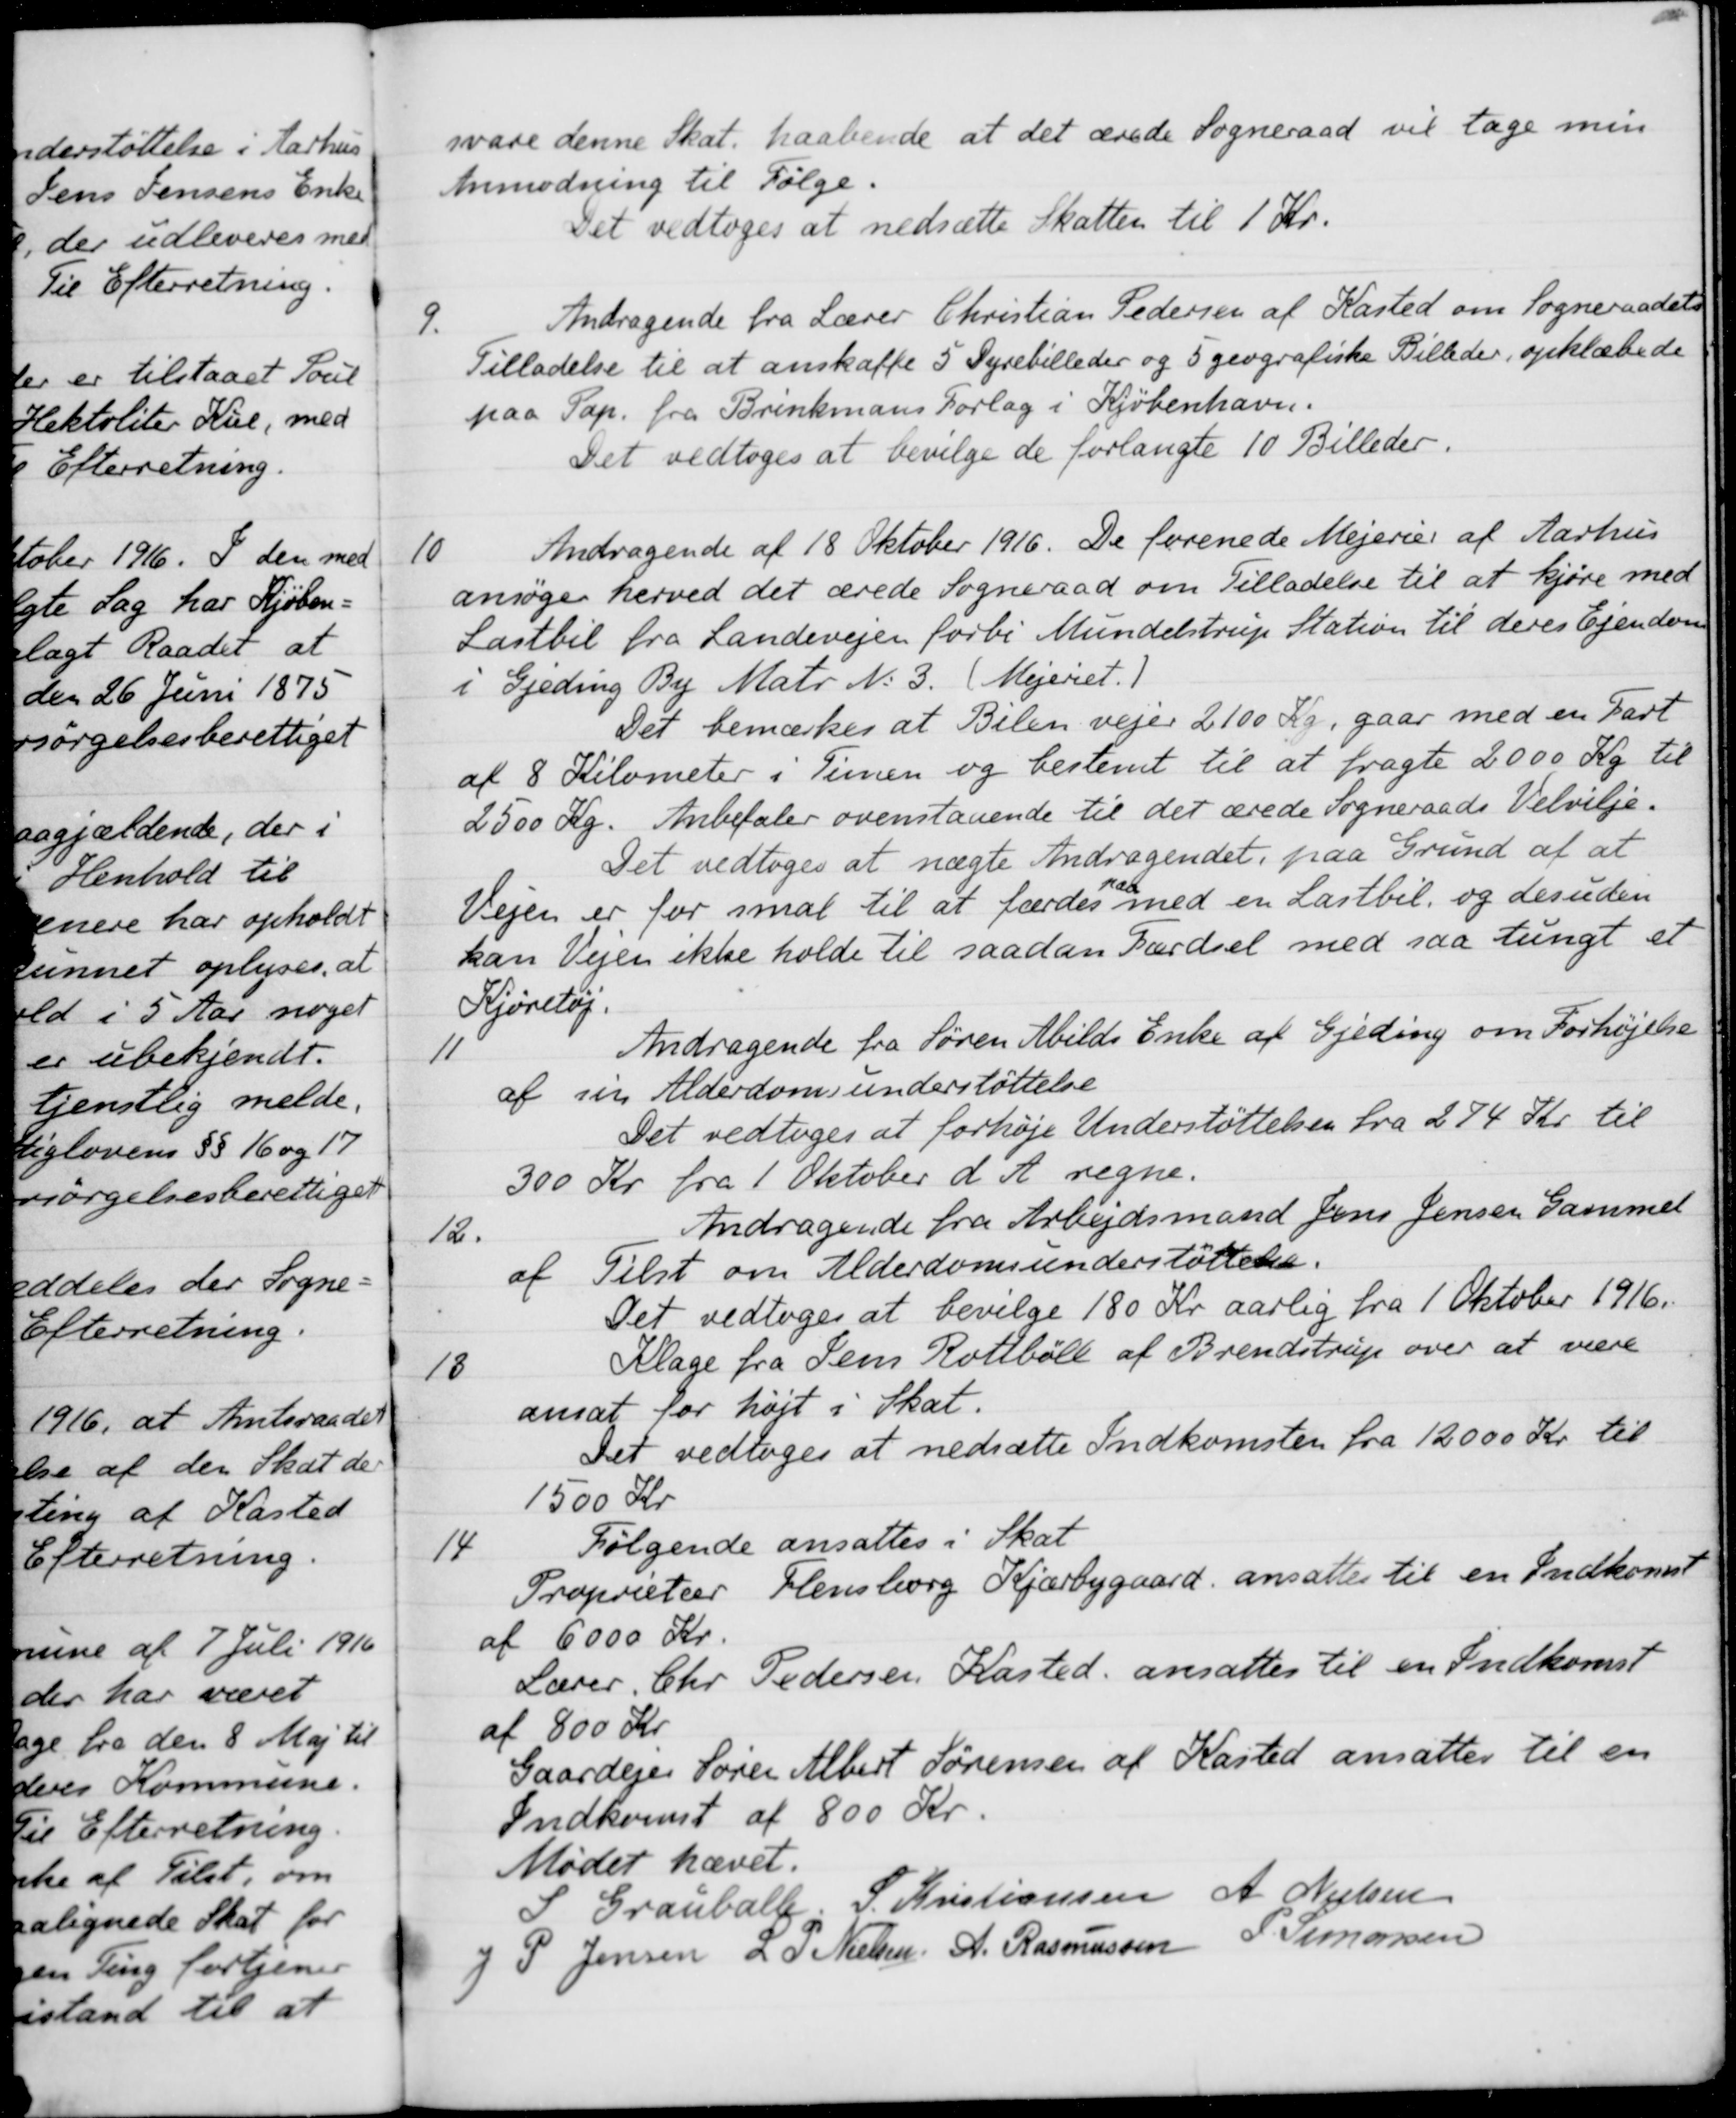
Transskription:
svare denne Skat, haabende at det ærede Sogneraad vil tage min
Anmodning til Følge.
Det vedtoges at nedsætte Skatten til 1 Kr.
9.
Andragende fra Lærer Christian Pedersen af Kasted om Sogneraadets
Tilladelse til at anskaffe 5 Dyrebilleder og 5 geografiske Billeder, opklæbede
paa Pap. fra Brinkmans Forlag i Kjøbenhavn.
Det vedtoges at bevilge de forlangte 10 Billeder.
10
Andragende af 18 Oktober 1916. De forenede Mejerier af Aarhus
ansøger herved det ærede Sogneraad om Tilladelse til at kjøre med
Lastbil fra Landevejen forbi Mundelstrup Station til deres Ejendom
i Gjeding By Matr No 3. (Mejeriet.)
Det bemærkes at Bilen vejer 2100 Kr, gaar med en Fart
af 8 Kilometer i Timen og bestemt til at fragte 2000 Kg til
2500 Kg. Anbefaler ovenstaaende til det ærede Sogneraads Velvilje.
Det vedtoges at nægte Andragendet, paa Grund af at
Vejen er for smal til at færdes paa med en Lastbil, og desuden
kan Vejen ikke holde til saadan Færdsel med saa tungt et
Kjøretøj.
11
Andragende fra Søren Abilds Enke af Gjeding om Forhøjelse
af sin Alderdomsunderstøttelse
Det vedtoges at forhøje Understøttelsen fra 274 Kr. til
300 Kr fra 1 Oktober d. A. regne.
12.
Andragende fra Arbejdsmand Jens Jensen Gammel
af Tilst om Alderdomsunderstøttelse.
Det vedtoges at bevilge 180 Kr aarlig fra 1 Oktober 1916.
13
Klage fra Jens Rotbøll af Brendstrup over at være
ansat for højt i Skat.
Det vedtoges at nedsætte Indkomsten fra 12000 Kr. til
1500 Kr.
14
Følgende ansattes i Skat
Proprietær Flensborg Kjærbygaard ansattes til en Indkomst
af 6000 Kr.
Lærer Chr Pedersen Kasted ansattes til en Indkomst
af 800 Kr.
Gaardejer Søren Albert Sørensen af Kasted ansattes til en
Indkomst af 800 Kr.
Mødet hævet.
S. Grauballe.
S. Kristiansen
A. Nielsen
J P. Jensen
L P. Nielsen
A. Rasmussen
P. Simonsen